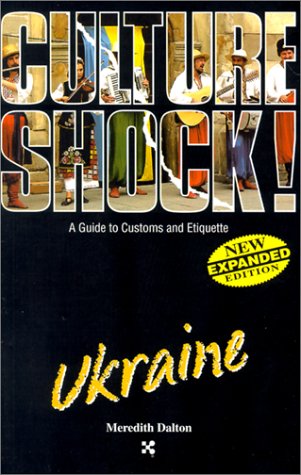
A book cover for Ukraine (Culture Shock! A Survival Guide to Customs & Etiquette); Meredith Dalton; Travel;